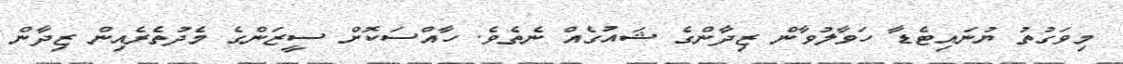
މިވަގުތު ޔުނައިޓެޑާ ހަވާލުވާން ޒިދާންގެ ޝައުގެއް ނެތެވެ. ހާއްސަކޮށް ސީޒަންގެ މެދުތެރެއިން ޒިދާން